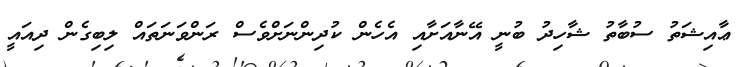
ޢާއިޝަތު ސުބާތު ޝާހިދު ބުނީ އޭނާއަށާއި އެހެން ކުދިންނަށްވެސް ރަންވަނަތައް ލިބިގެން ދިއައީ